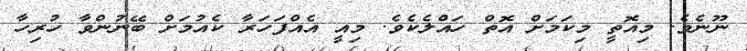
ނޫނެވެ. މިއޮތީ މިކަމަށް އޮތް ހައްލެކެވެ. މިއީ އެއްފަހަރާ ކެއުމަށް ބޭނުންވާ ހުރިހާ